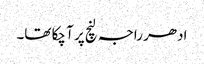
ادھر راجہ لنچ پر آ چکا تھا۔